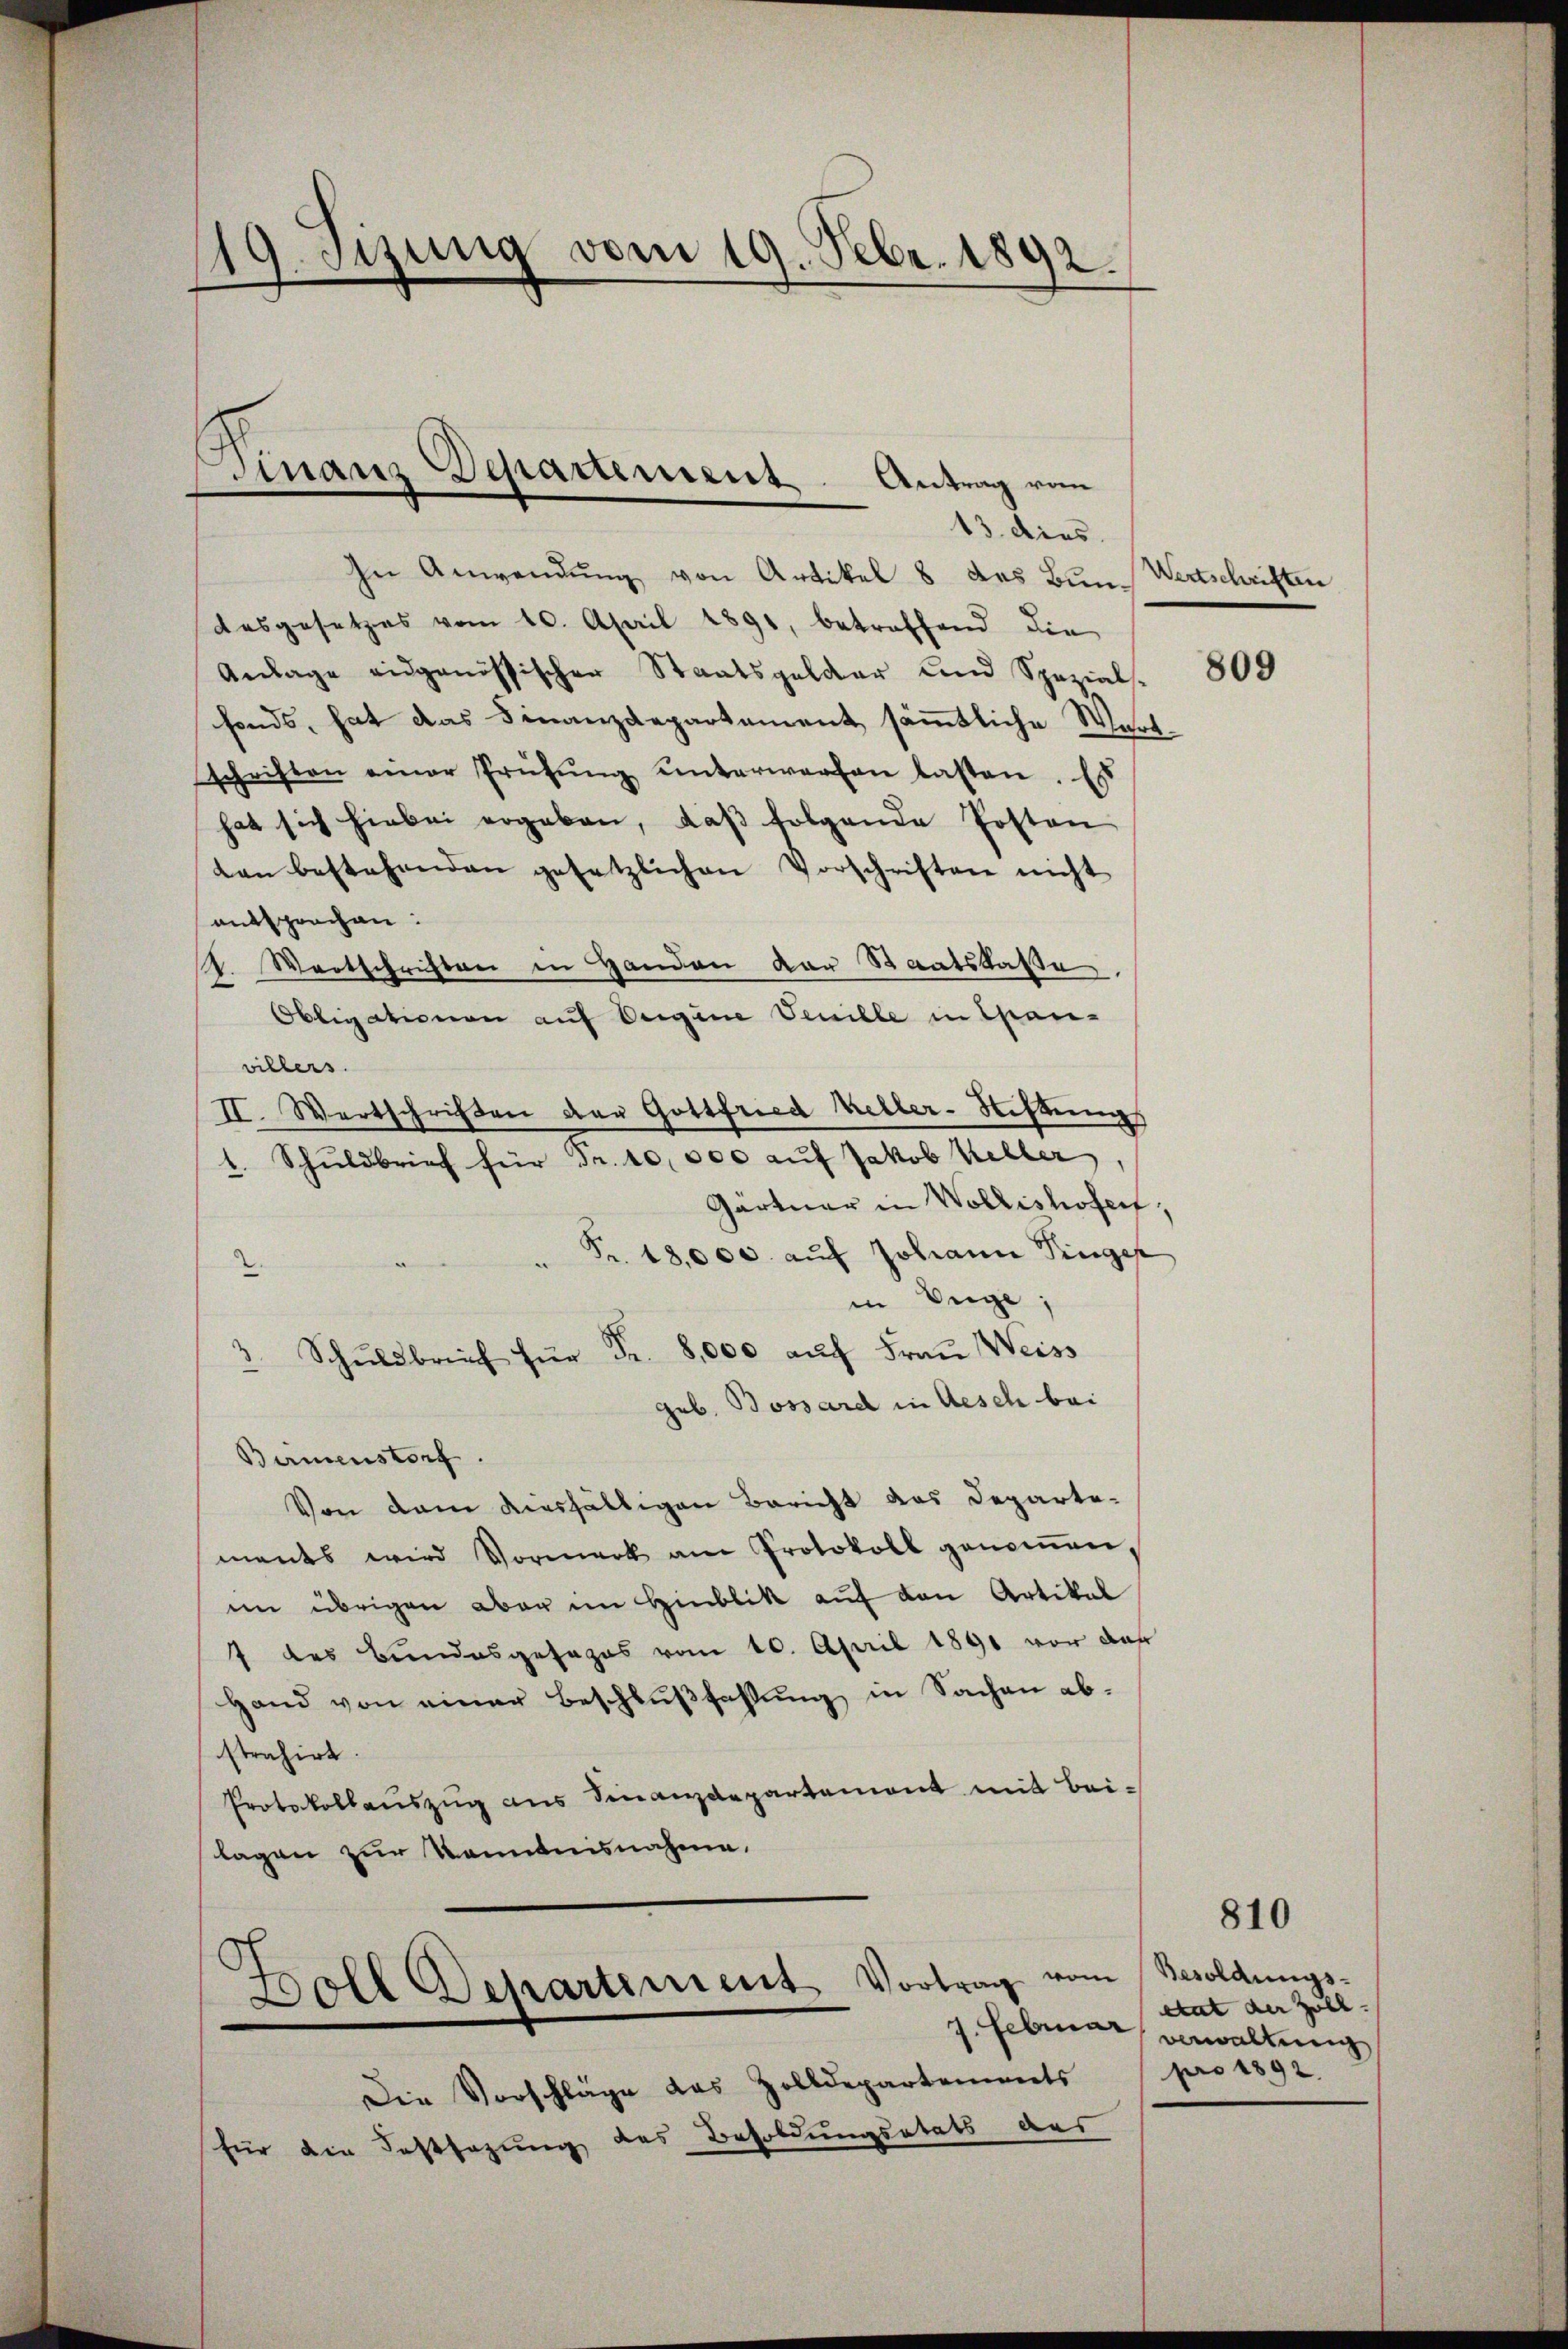
19. Jung vom 19. Febr. 1892.

Finanz Departement. Antrag von
e
13. dies

In Anwendŭng von Artikel 8 des Bun¬
Ausgesetzes vom 10. April 1891, betreffend die
Anlage eidgenössischer Staatsgelder und Spezials-
fonds, hat das Finanzdepartement sämmtliche Wasche
schriften einer Prüfŭng unterwerfen lasten. Es
hat sich hiebei ergeben, daß folgende Posten
ten bestehenden gesetzlichen Vorschriften nicht
entsprochen.
Wortschriften in Handen der Staatskasse
R.
Obligationen auf Vergine Venille in Chan-
villers.
II. Wertschriften der Gottfried Keller-Sitzung
t. Schuldbrief für Fr. 10,000 auf Jakob Keller,
Gärtner in Wollishofernt
" Fr. 18,000 auf Johann Finger
2.
in Vige;
Schŭldbruch für Fr. 8,000 aŭf Frau Weiss
geb. Bossard in Aesch bei
Birmenstorf.
Von dem diesfälligen Bericht das Departements wird Vormerk am Protokoll genoṁen,
im übrigen aber im Hinblik auf den Artikal
7 des Bundesgesezes vom 10. April 1891 vor das
Hand von einer Beschlußfassung in Sachen abstrahirt.
Protokollauszug aus Finanzdepartement mit Beilagen zur Kenntnisnahme.
Boll Departement Vortrag vom Besoldŭngs-
1. Februar verwaltung
Die Vorschläge das Zolldepartements pro 1892.
für die Festsazung des Besoldungsetats aus

Wertschriften

809

810

ctat der Zöll